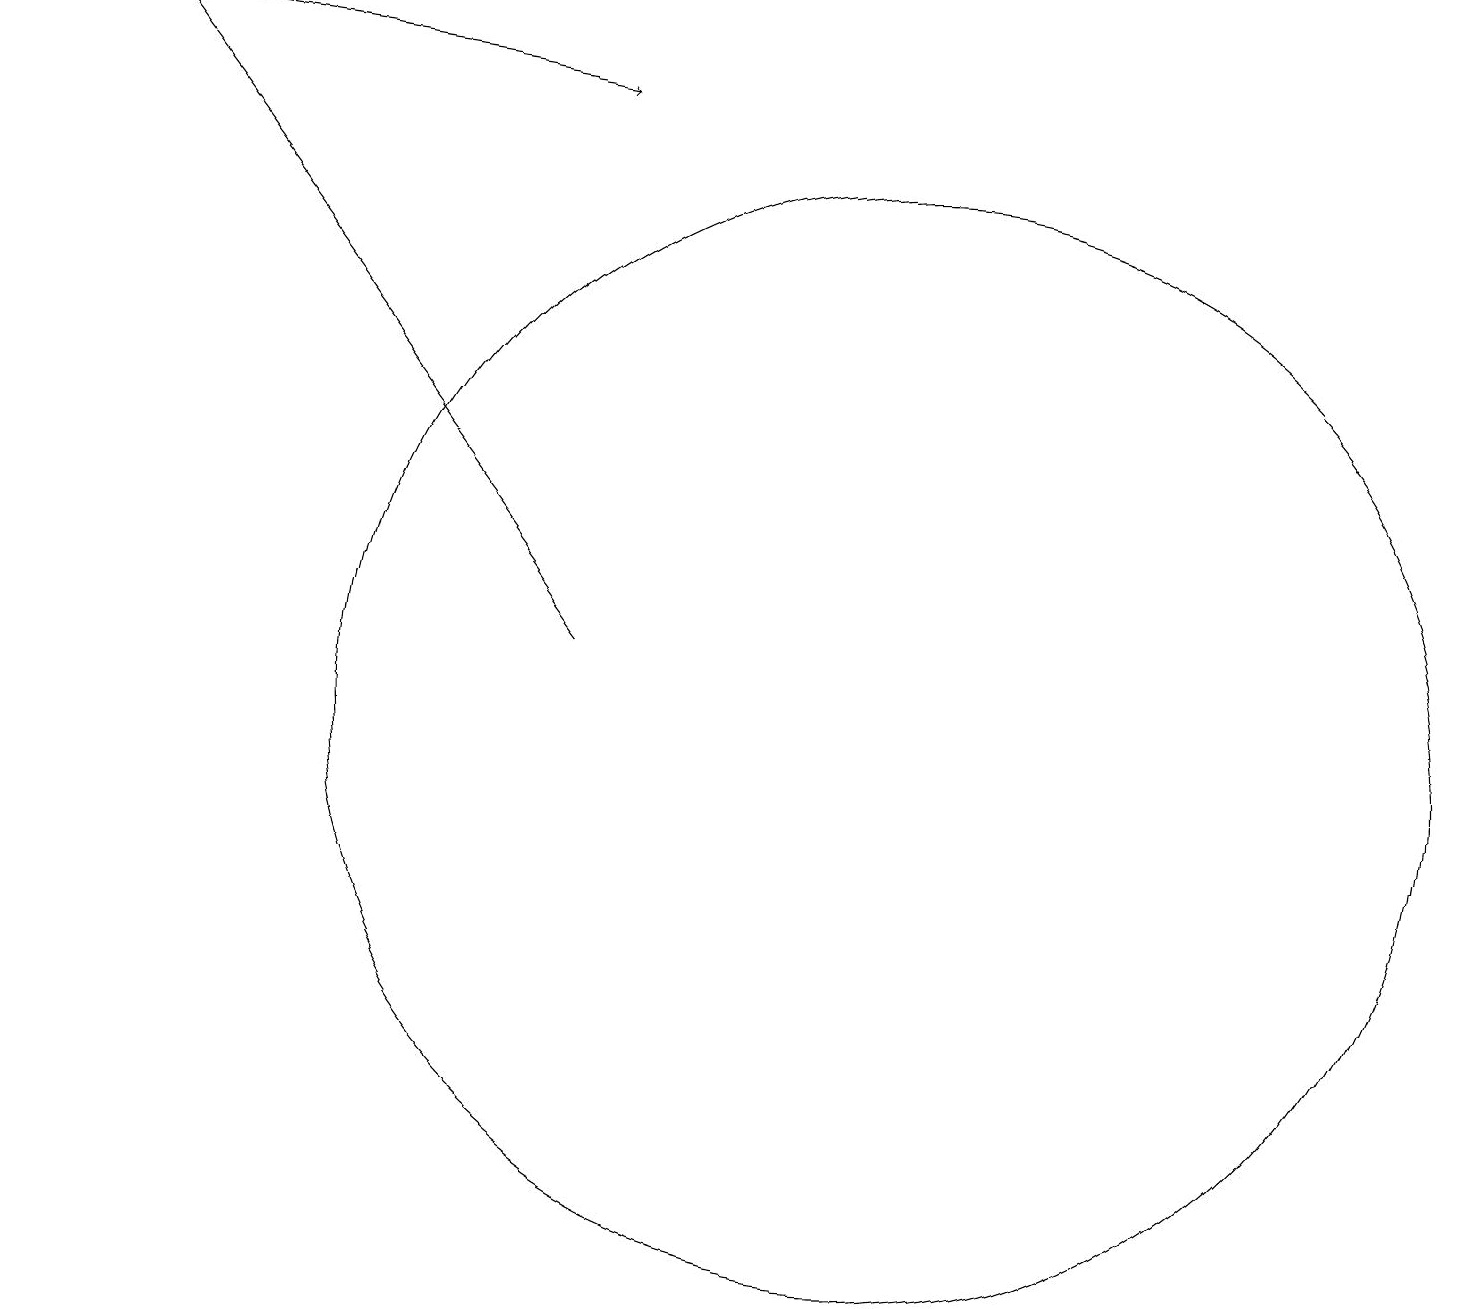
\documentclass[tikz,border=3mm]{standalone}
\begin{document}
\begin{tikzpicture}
\draw[->] (0,19) -- (7,18);
\draw (11,10) circle (7);
\draw[->] (7,11) -- (1,19);
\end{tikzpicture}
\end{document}